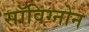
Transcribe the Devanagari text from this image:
सॉविग्नोन